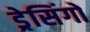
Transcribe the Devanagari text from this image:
ड्रेसिंगों